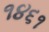
૧૪૬૧